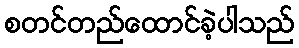
စတင်တည်ထောင်ခဲ့ပါသည်